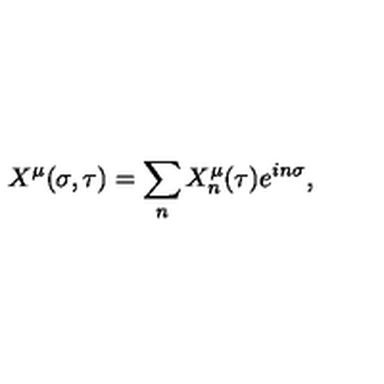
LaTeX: X ^ { \mu } ( \sigma , \tau ) = \sum _ { n } X _ { n } ^ { \mu } ( \tau ) e ^ { i n \sigma } ,